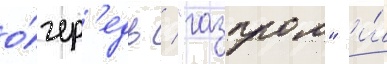
о́чер'едь / "газпром" и́